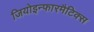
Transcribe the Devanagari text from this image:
जियोइन्फारमैटिक्स